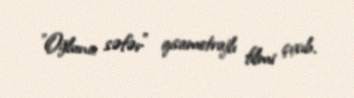
"Oğluna səfər" qısametrajlı filmi çıxıb.